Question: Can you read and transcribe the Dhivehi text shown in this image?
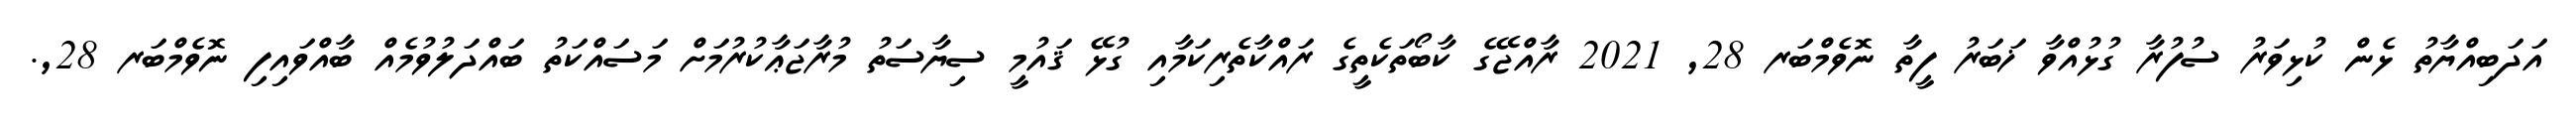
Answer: އަދަބިއްޔާތު ޅެން ކުޅިވަރު ސުފުރާ ގުޅުއްވާ ޚަބަރު ފީތާ ނޮވެމްބަރ 28, 2021 ރާއްޖޭގެ ކާބޯތަކެތީގެ ރައްކާތެރިކަމާއި ގުޅޭ ޤައުމީ ސިޔާސަތު މުރާޖަޢާކުރުމަށް މަސައްކަތު ބައްދަލުވުމެއް ބާއްވައިފި ނޮވެމްބަރ 28,.